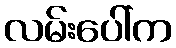
လမ်းပေါ်က